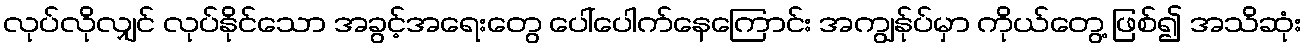
လုပ်လိုလျှင် လုပ်နိုင်သော အခွင့်အရေးတွေ ပေါ်ပေါက်နေကြောင်း အကျွန်ုပ်မှာ ကိုယ်တွေ့ ဖြစ်၍ အသိဆုံး